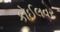
કોઈલવર